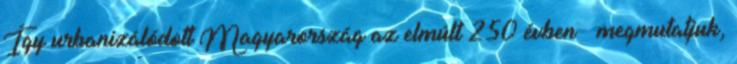
Így urbanizálódott Magyarország az elmúlt 250 évben – megmutatjuk,